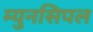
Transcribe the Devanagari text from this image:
म्युनसिपल